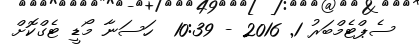
ސެޕްޓެމްބަރު 1